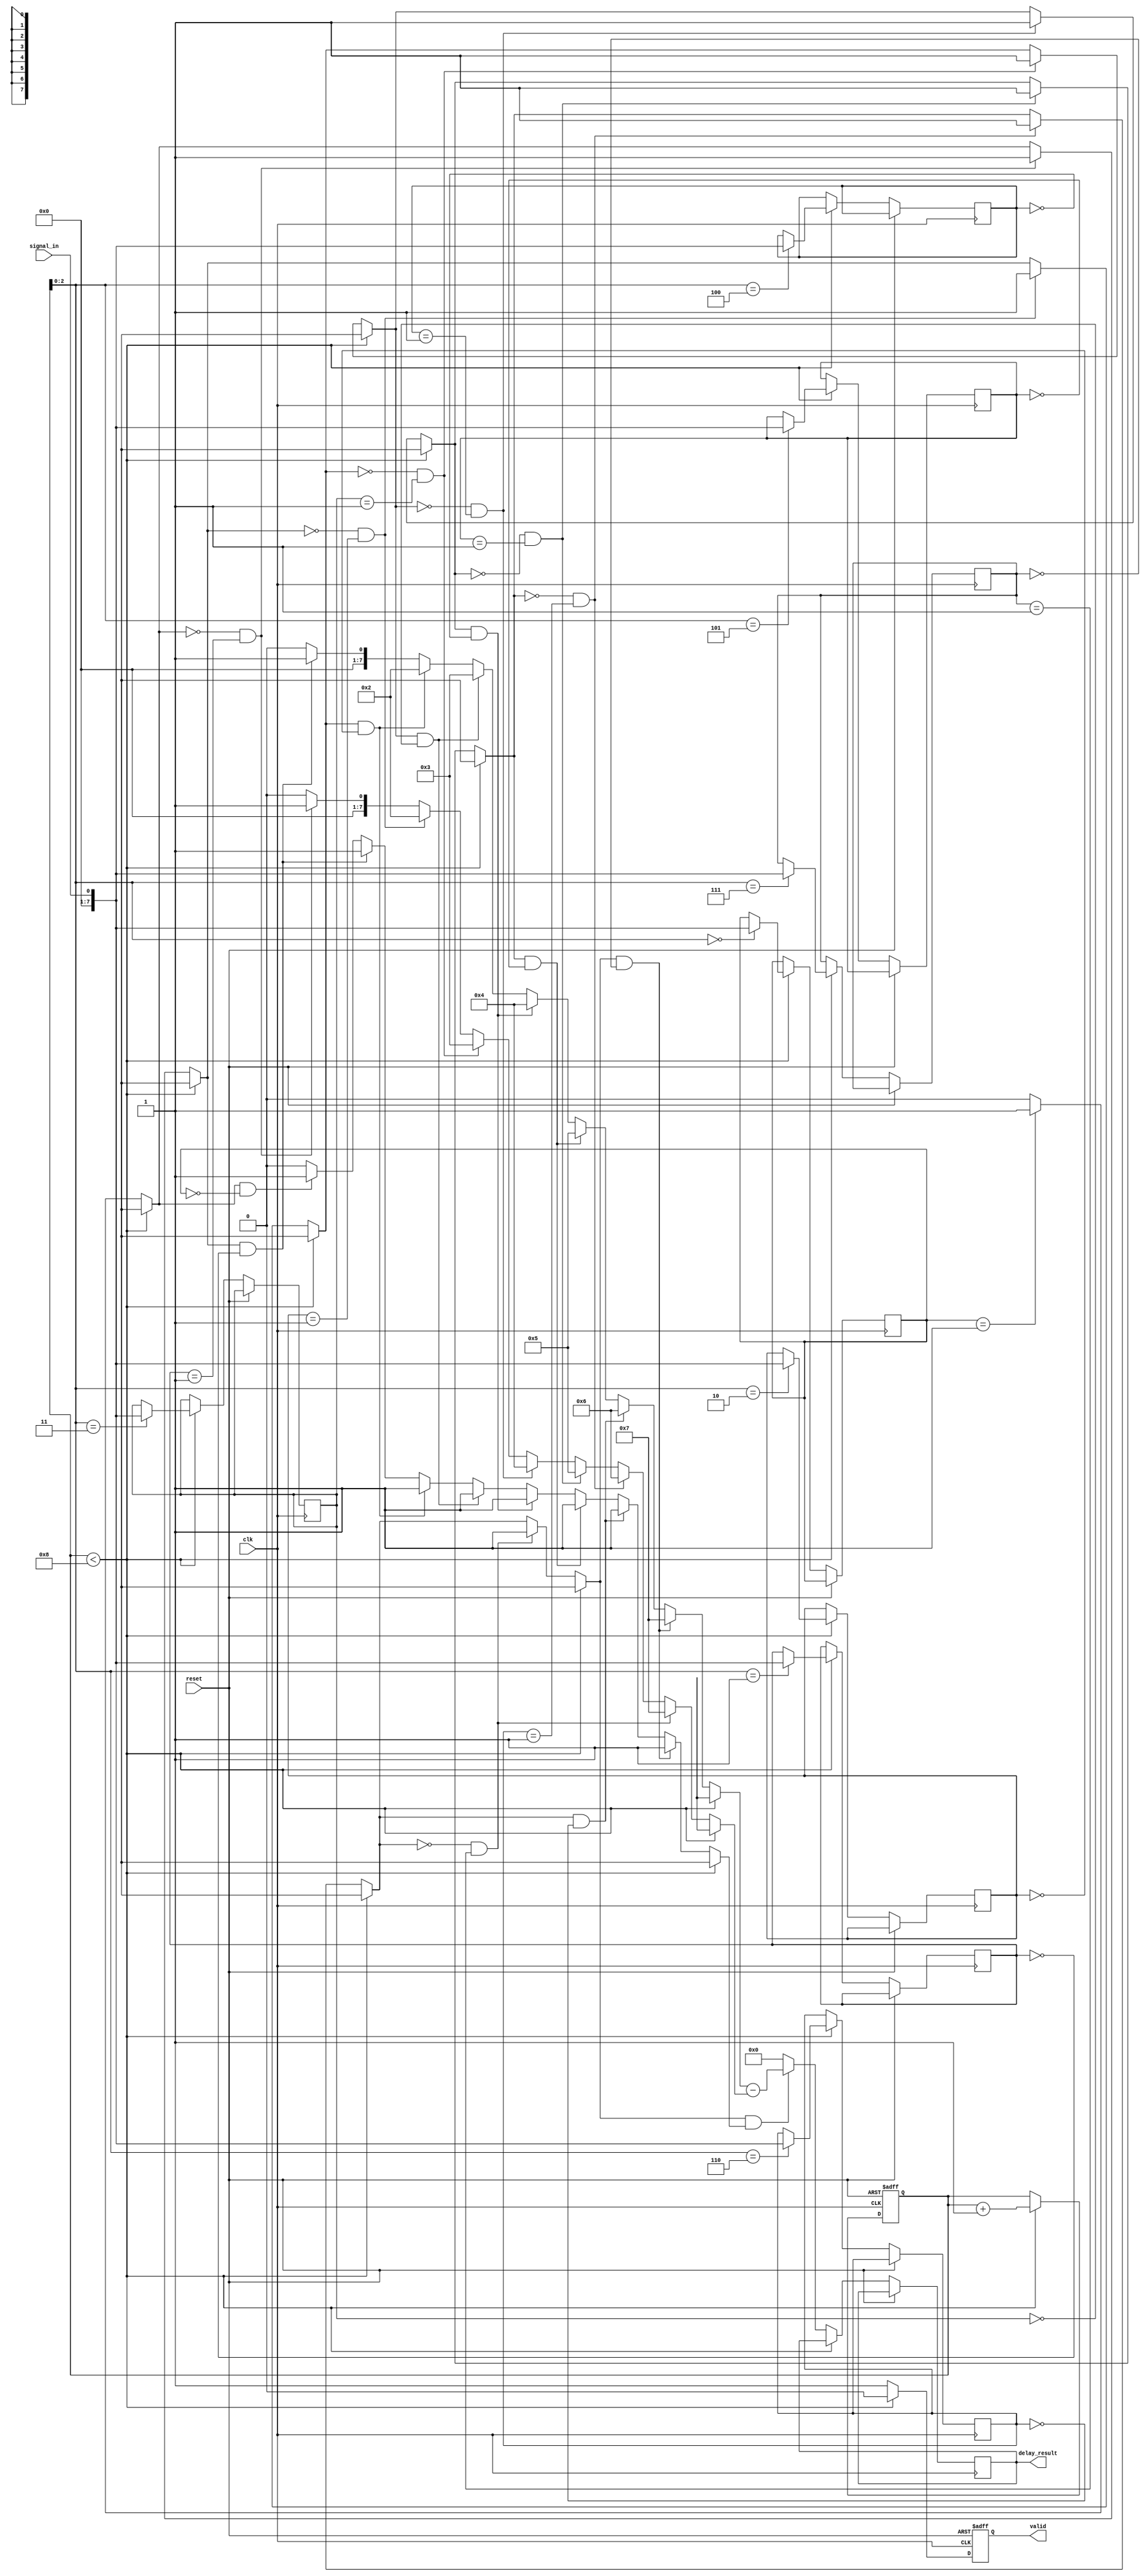
module MemoryBlocksSamplingDelayLineDetector #(
    parameter NUM_BLOCKS = 8, // Number of memory blocks
    parameter DATA_WIDTH = 8   // Width of the input signal
)(
    input wire clk,                // Sampling clock
    input wire reset,              // Asynchronous reset
    input wire signal_in,          // Input signal to be sampled
    output reg [DATA_WIDTH-1:0] delay_result, // Output delay result
    output reg valid               // Output valid signal
);

    // Memory blocks to store sampled values
    reg [DATA_WIDTH-1:0] memory_blocks [0:NUM_BLOCKS-1];
    reg [3:0] sample_index; // Index for current sample

    // Control logic for sampling
    always @(posedge clk or posedge reset) begin
        if (reset) begin
            sample_index <= 0;
            valid <= 0;
        end else begin
            if (sample_index < NUM_BLOCKS) begin
                // Capture the input signal into the memory block
                memory_blocks[sample_index] <= signal_in;
                sample_index <= sample_index + 1;
                valid <= 0; // Not valid until all samples are taken
            end else begin
                valid <= 1; // All samples taken, output valid
                // Call delay measurement logic
                delay_result <= measure_delay();
            end
        end
    end

    // Delay measurement logic
    function [DATA_WIDTH-1:0] measure_delay;
        integer i;
        reg [DATA_WIDTH-1:0] first_edge, last_edge;
        reg found_first, found_last;

        begin
            found_first = 0;
            found_last = 0;
            first_edge = 0;
            last_edge = 0;

            // Simple edge detection logic
            for (i = 0; i < NUM_BLOCKS; i = i + 1) begin
                if (!found_first && memory_blocks[i] == 1) begin
                    first_edge = i; // Capture the index of the first rising edge
                    found_first = 1;
                end
                if (found_first && memory_blocks[i] == 0) begin
                    last_edge = i; // Capture the index of the last falling edge
                    found_last = 1;
                end
            end

            // Calculate delay as the difference between the edges
            if (found_first && found_last) begin
                measure_delay = last_edge - first_edge;
            end else begin
                measure_delay = 0; // No valid delay detected
            end
        end
    endfunction

endmodule